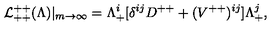
{ \cal L } _ { + + } ^ { + + } ( \Lambda ) | _ { m \rightarrow \infty } = \Lambda _ { + } ^ { i } [ \delta ^ { i j } D ^ { + + } + ( { V } ^ { + + } ) ^ { i j } ] \Lambda _ { + } ^ { j } ,